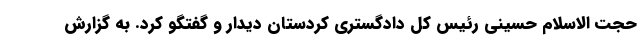
حجت الاسلام حسینی رئیس کل دادگستری کردستان دیدار و گفتگو کرد. به گزارش